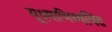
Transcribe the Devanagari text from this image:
सूक्ष्माभिव्यक्ति